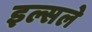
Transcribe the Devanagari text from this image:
इल्सले